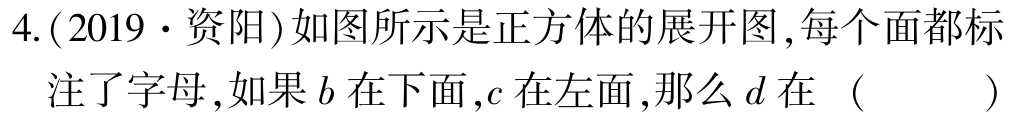
4.(2019·资阳)如图所示是正方体的展开图,每个面都标注了字母,如果\(b\)在下面,\(c\)在左面,那么\(d\)在 （  ）